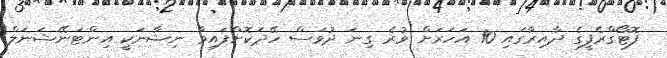
ފޮޓޯގްރެފީގެ ދާއިރާގައި 10 އަހަރަށް ވުރެ ގިނަ ދުވަސް ހޭދަކޮށްފައިވާ ނިޝާނަކީ އިންޓަނޭޝަނަލް